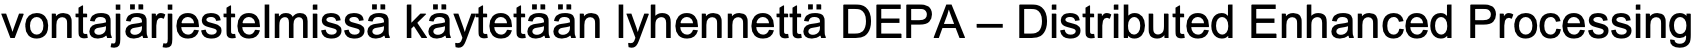
vontajärjestelmissä käytetään lyhennettä DEPA – Distributed Enhanced Processing